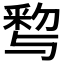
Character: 𨤒